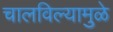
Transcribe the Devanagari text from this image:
चालविल्यामुळे